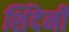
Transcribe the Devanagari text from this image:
शिंदेनी